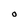
Character: 0